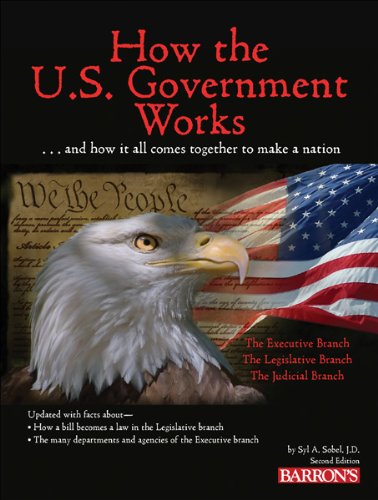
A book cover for How the U.S. Government Works; Syl Sobel  J.D.; Children's Books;